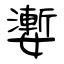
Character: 嬱